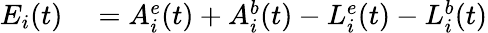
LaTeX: \begin{array}{rl}{E_{i}(t)}&{{}=A_{i}^{e}(t)+A_{i}^{b}(t)-L_{i}^{e}(t)-L_{i}^{b}(t)}\end{array}